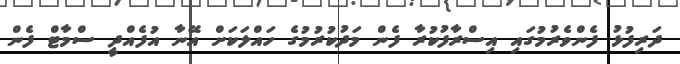
ދަރިފުޅު ފެންވެރުމުގައި އިސްރާފުކުރާ ފެން މަދުކުރުމުގެ ހައްލަކަށް އޭނާ އުފެއްދީ ސްމާޓް ފެން